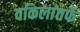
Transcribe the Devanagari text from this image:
वकिलांतर्फे